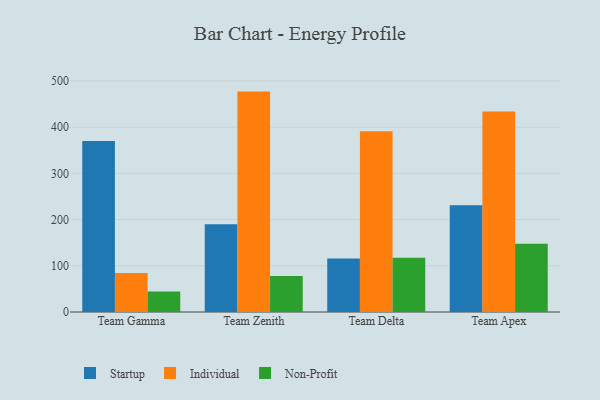
{"axis": {"x": "Team", "y": "Demand Index"}, "legend": ["Individual", "Non-Profit", "Startup"], "data": [{"x": "Team Gamma", "y": 370.4, "type": "Startup"}, {"x": "Team Gamma", "y": 84.2, "type": "Individual"}, {"x": "Team Gamma", "y": 44.5, "type": "Non-Profit"}, {"x": "Team Zenith", "y": 189.8, "type": "Startup"}, {"x": "Team Zenith", "y": 477.1, "type": "Individual"}, {"x": "Team Zenith", "y": 78.1, "type": "Non-Profit"}, {"x": "Team Delta", "y": 115.6, "type": "Startup"}, {"x": "Team Delta", "y": 391.3, "type": "Individual"}, {"x": "Team Delta", "y": 117.7, "type": "Non-Profit"}, {"x": "Team Apex", "y": 231.2, "type": "Startup"}, {"x": "Team Apex", "y": 433.8, "type": "Individual"}, {"x": "Team Apex", "y": 147.9, "type": "Non-Profit"}]}